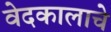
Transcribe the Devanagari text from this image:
वेदकालाचे